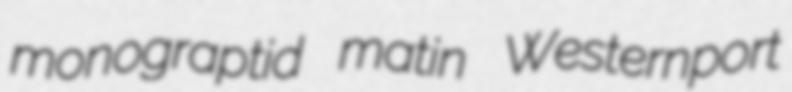
monograptid matin Westernport